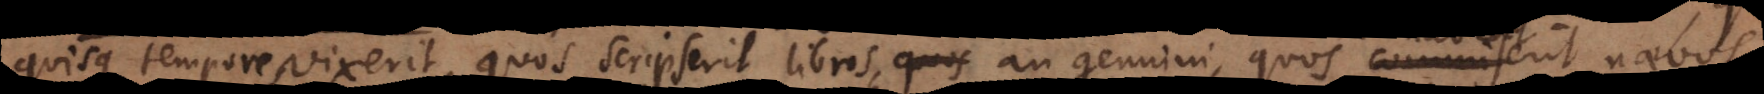
quisque tempore vixerit, quos scripserit libros, an genuini, quos habeat na